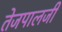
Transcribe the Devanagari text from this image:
तेजपालजी